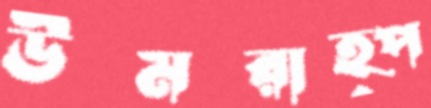
উমরাহ্‌প